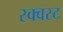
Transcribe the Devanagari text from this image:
स्क्वस्र्ट